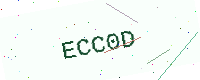
Text: ECC0D